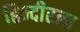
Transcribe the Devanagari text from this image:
हिन्दीरत्न